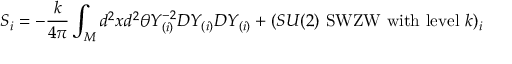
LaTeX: S _ { i } = - \frac { k } { 4 \pi } \int _ { \cal M } d ^ { 2 } x d ^ { 2 } \theta Y _ { ( i ) } ^ { - 2 } D Y _ { ( i ) } D Y _ { ( i ) } + ( S U ( 2 ) \mathrm { ~ S W Z W ~ w i t h ~ l e v e l ~ } k ) _ { i }